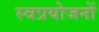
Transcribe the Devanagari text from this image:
स्वप्रयोजनों